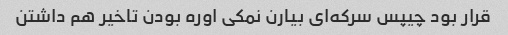
قرار بود چیپس سرکه‌ای بیارن نمکی اوره بودن تاخیر هم داشتن